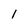
Character: I